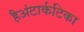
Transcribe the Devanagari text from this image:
हैअंटार्कटिका